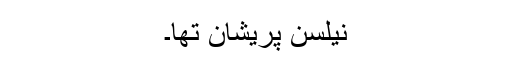
نیلسن پریشان تھا۔